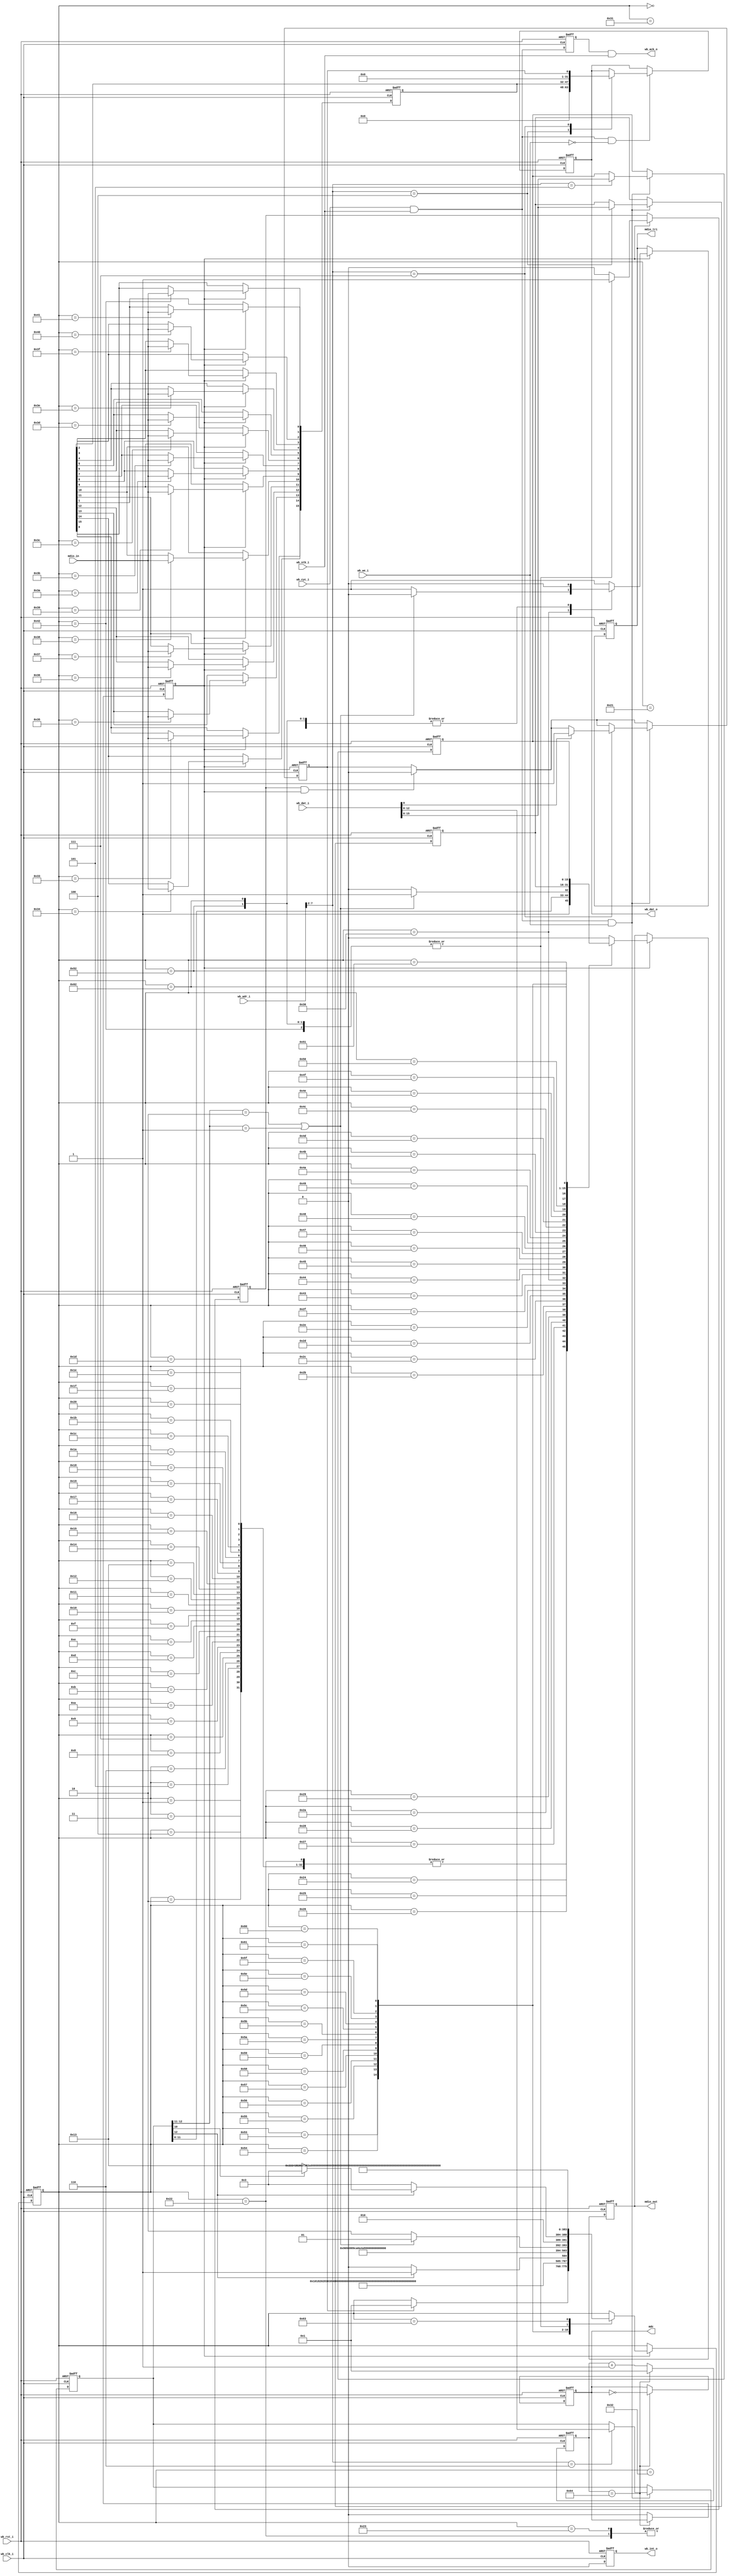
//
// Copyright 2014 Ettus Research, a National Instruments Company
//
// SPDX-License-Identifier: LGPL-3.0-or-later
//
// Define MDIO to add support for clause 22 and clause 45 MDIO interface
`define MDIO
// If WB clock is 62.5MHz and max MDC spec is 2.5MHz, then divide by 25
//`define MDC_HALF_PERIOD 13 // Closest int to 12.5
`define MDC_HALF_PERIOD 100
 
//  Registers
`define CPUREG_MDIO_DATA    8'h10
`define CPUREG_MDIO_ADDR    8'h14
`define CPUREG_MDIO_OP      8'h18
`define CPUREG_MDIO_CONTROL 8'h1c
`define CPUREG_MDIO_STATUS  8'h1c
`define CPUREG_GPIO         8'h20


module mdio
  (
   // Wishbone Bus
   input wb_clk_i, 
   input wb_rst_i, 
   input [7:0] wb_adr_i, 
   input [31:0] wb_dat_i, 
   input wb_we_i, 
   input wb_stb_i, 
   input wb_cyc_i, 
   output reg [31:0] wb_dat_o, 
   output wb_ack_o, 
   output reg wb_int_o,
   // MDIO
   output reg mdc, 
   output reg mdio_out, 
   output reg mdio_tri,
   input mdio_in
   );

  //
  // State Declarations
  //
  parameter  
    IDLE = 0,
      PREAMBLE1 = 1,
      PREAMBLE2 = 2,
      PREAMBLE3 = 3,
      PREAMBLE4 = 4,
      PREAMBLE5 = 5,
      PREAMBLE6 = 6,
      PREAMBLE7 = 7,
      PREAMBLE8 = 8,
      PREAMBLE9 = 9,
      PREAMBLE10 = 10,
      PREAMBLE11 = 11,
      PREAMBLE12 = 12,
      PREAMBLE13 = 13,
      PREAMBLE14 = 14,
      PREAMBLE15 = 15,
      PREAMBLE16 = 16,
      PREAMBLE17 = 17,
      PREAMBLE18 = 18,
      PREAMBLE19 = 19,
      PREAMBLE20 = 20,
      PREAMBLE21 = 21,
      PREAMBLE22 = 22,
      PREAMBLE23 = 23,
      PREAMBLE24 = 24,
      PREAMBLE25 = 25,
      PREAMBLE26 = 26,
      PREAMBLE27 = 27,
      PREAMBLE28 = 28,
      PREAMBLE29 = 29,
      PREAMBLE30 = 30,
      PREAMBLE31 = 31,
      PREAMBLE32 = 32,
      START1 = 33,
      C22_START2 = 34,
      C45_START2 = 35,
      OP1 = 36,
      OP2 = 37,
      PRTAD1 = 38,
      PRTAD2 = 39,
      PRTAD3 = 40,
      PRTAD4 = 41,
      PRTAD5 = 42,
      DEVAD1 = 43,
      DEVAD2 = 44,
      DEVAD3 = 45,
      DEVAD4 = 46,
      DEVAD5 = 47,
      TA1 = 48,
      TA2 = 49,
      TA3 = 50,
      READ1 = 51,
      READ2 = 52,
      READ3 = 53,
      READ4 = 54,
      READ5 = 55,
      READ6 = 56,
      READ7 = 57,
      READ8 = 58,
      READ9 = 59,
      READ10 = 60,
      READ11 = 61,
      READ12 = 62,
      READ13 = 63,
      READ14 = 64,
      READ15 = 65,
      READ16 = 66,
      WRITE1 = 67,
      WRITE2 = 68,
      WRITE3 = 69,
      WRITE4 = 70,
      WRITE5 = 71,
      WRITE6 = 72,
      WRITE7 = 73,
      WRITE8 = 74,
      WRITE9 = 75,
      WRITE10 = 76,
      WRITE11 = 77,
      WRITE12 = 78,
      WRITE13 = 79,
      WRITE14 = 80,
      WRITE15 = 81,
      WRITE16 = 82,
      C45_ADDR1 = 83,
      C45_ADDR2 = 84,
      C45_ADDR3 = 85,
      C45_ADDR4 = 86,
      C45_ADDR5 = 87,
      C45_ADDR6 = 88,
      C45_ADDR7 = 89,
      C45_ADDR8 = 90,
      C45_ADDR9 = 91,
      C45_ADDR10 = 92,
      C45_ADDR11 = 93,
      C45_ADDR12 = 94,
      C45_ADDR13 = 95,
      C45_ADDR14 = 96,
      C45_ADDR15 = 97,
      C45_ADDR16 = 98,
      PREIDLE = 99;
   
   reg 	 cpuack;
   reg [15:0] mdio_read_data;
   reg [15:0] mdio_write_data;
   reg [15:0] mdio_address;
   reg [12:0] mdio_operation;
   reg 	      mdio_control;
   reg [7:0]  mdc_clk_count;
   reg 	      mdc_falling_edge;
   reg 	      mdio_running;
   reg 	      mdio_done;
   reg [7:0]  state;

   
   assign wb_ack_o = cpuack && wb_stb_i;
   
   always @(posedge wb_clk_i or posedge wb_rst_i) begin
      
      if (wb_rst_i == 1'b1) begin
	 wb_dat_o <= 32'b0;
         wb_int_o <= 1'b0;
         cpuack <= 1'b0;

	 mdio_address <= 0;
	 mdio_operation <= 0;
	 mdio_write_data <= 0;
       	 mdio_running <= 0;
      end
      else begin
	 
	 wb_int_o <= 1'b0;
	 cpuack <= wb_cyc_i && wb_stb_i;
	 // Handshake to MDIO state machine to reset running flag in status.
	 // Wait for falling MDC edge to prevent S/W race condition occuring
	 // where done flag still asserted but running flag now cleared (repeatedly).
	 if (mdio_done && mdc_falling_edge)
	   mdio_running <= 0;

	 //
	 // Read access
	 //
	 if (wb_cyc_i && wb_stb_i && !wb_we_i) begin
	    
            case ({wb_adr_i[7:2], 2'b0})
	      
	      `CPUREG_MDIO_DATA: begin
		 wb_dat_o <= {16'b0, mdio_read_data};
	      end
	      
	      `CPUREG_MDIO_STATUS: begin
		 wb_dat_o <= {31'b0, mdio_running};
	      end

              default: begin
              end
	      
            endcase 
         end
	 
         //
         // Write access
	 //
         if (wb_cyc_i && wb_stb_i && wb_we_i) begin
	    $display("reg write @ addr %x",({wb_adr_i[7:2], 2'b0}));
	    
            case ({wb_adr_i[7:2], 2'b0})
	      
	      `CPUREG_MDIO_DATA: begin
		 mdio_write_data <= wb_dat_i[15:0];
	      end

	      `CPUREG_MDIO_ADDR: begin
		 mdio_address <= wb_dat_i[15:0];
	      end
	      
	      `CPUREG_MDIO_OP: begin
		 mdio_operation <= wb_dat_i[12:0];
	      end

	      `CPUREG_MDIO_CONTROL: begin
		 // Trigger mdio operation here. Cleared by state machine at end of bus transaction.
		 if (wb_dat_i[0])
		   mdio_running <= 1;		 
	      end

              default: begin
              end
	      
            endcase
	    
         end
	 
      end
      
   end // always @ (posedge wb_clk_i or posedge wb_rst_i)


   //
   // Produce mdc clock as a signal synchronously from Wishbone clock.
   //
   always @(posedge wb_clk_i or posedge wb_rst_i)
     if (wb_rst_i)
       begin
	  mdc_clk_count <= 1;
	  mdc <= 0;
	  mdc_falling_edge <= 0;	  
       end
     else if (mdc_clk_count == `MDC_HALF_PERIOD)
       begin
	  mdc_clk_count <= 1;
	  mdc <= ~mdc;
	  mdc_falling_edge <= mdc;	  
       end
     else
       begin
	  mdc_clk_count <= mdc_clk_count + 1;
	  mdc_falling_edge <= 0;		   
       end
   
   //
   // MDIO state machine
   //
   always @(posedge wb_clk_i or posedge wb_rst_i)
     if (wb_rst_i)
       begin
	  mdio_tri <= 1;
	  mdio_out <= 0;
	  mdio_done <= 0;
	  mdio_read_data <= 0;
	  state <= IDLE;
       end
     else if (mdc_falling_edge)
       //
       // This is the MDIO bus controller. Use falling edge of MDC.
       //      
       begin
	  // Defaults	  
	  mdio_tri <= 1;
	  mdio_out <= 0;
	  mdio_done <= 0;
	  
	  
	  case(state)
	    // IDLE.
	    // In Clause 22 & 45 the master of the MDIO bus is tristate during idle.
	    // 
	    IDLE: begin
	       mdio_tri <= 1;
	       mdio_out <= 0;
	       if (mdio_running)
		 state <= PREAMBLE1;
	    end
	    // Preamble. All MDIO transactions begin witrh 32bits of 1 bits as a preamble.
	    PREAMBLE1: begin
	       mdio_tri <= 0;
	       mdio_out <= 1;  
	       state <= PREAMBLE2;
	    end
	    PREAMBLE2: begin
	       mdio_tri <= 0;
	       mdio_out <= 1;  
	       state <= PREAMBLE3;
	    end 
	    PREAMBLE3: begin
	       mdio_tri <= 0;
	       mdio_out <= 1;  
	       state <= PREAMBLE4;
	    end 
	    PREAMBLE4: begin
	       mdio_tri <= 0;
	       mdio_out <= 1;  
	       state <= PREAMBLE5;
	    end 
	    PREAMBLE5: begin
	       mdio_tri <= 0;
	       mdio_out <= 1;  
	       state <= PREAMBLE6;
	    end
	    PREAMBLE6: begin
	       mdio_tri <= 0;
	       mdio_out <= 1;  
	       state <= PREAMBLE7;
	    end
	    PREAMBLE7: begin
	       mdio_tri <= 0;
	       mdio_out <= 1;  
	       state <= PREAMBLE8;
	    end
	    PREAMBLE8: begin
	       mdio_tri <= 0;
	       mdio_out <= 1;
	       state <= PREAMBLE9;
	    end
	    PREAMBLE9: begin
	       mdio_tri <= 0;
	       mdio_out <= 1;
	       state <= PREAMBLE10;
	    end
	    PREAMBLE10: begin
	       mdio_tri <= 0;
	       mdio_out <= 1;
	       state <= PREAMBLE11;
	    end
	    PREAMBLE11: begin
	       mdio_tri <= 0;
	       mdio_out <= 1;  
	       state <= PREAMBLE12;
	    end
	    PREAMBLE12: begin
	       mdio_tri <= 0;
	       mdio_out <= 1;  
	       state <= PREAMBLE13;
	    end 
	    PREAMBLE13: begin
	       mdio_tri <= 0;
	       mdio_out <= 1;  
	       state <= PREAMBLE14;
	    end 
	    PREAMBLE14: begin
	       mdio_tri <= 0;
	       mdio_out <= 1;  
	       state <= PREAMBLE15;
	    end 
	    PREAMBLE15: begin
	       mdio_tri <= 0;
	       mdio_out <= 1;  
	       state <= PREAMBLE16;
	    end
	    PREAMBLE16: begin
	       mdio_tri <= 0;
	       mdio_out <= 1;  
	       state <= PREAMBLE17;
	    end
	    PREAMBLE17: begin
	       mdio_tri <= 0;
	       mdio_out <= 1;  
	       state <= PREAMBLE18;
	    end
	    PREAMBLE18: begin
	       mdio_tri <= 0;
	       mdio_out <= 1;
	       state <= PREAMBLE19;
	    end
	    PREAMBLE19: begin
	       mdio_tri <= 0;
	       mdio_out <= 1;
	       state <= PREAMBLE20;
	    end
	    PREAMBLE20: begin
	       mdio_tri <= 0;
	       mdio_out <= 1;
	       state <= PREAMBLE21;
	    end
	    PREAMBLE21: begin
	       mdio_tri <= 0;
	       mdio_out <= 1;  
	       state <= PREAMBLE22;
	    end
	    PREAMBLE22: begin
	       mdio_tri <= 0;
	       mdio_out <= 1;  
	       state <= PREAMBLE23;
	    end 
	    PREAMBLE23: begin
	       mdio_tri <= 0;
	       mdio_out <= 1;  
	       state <= PREAMBLE24;
	    end 
	    PREAMBLE24: begin
	       mdio_tri <= 0;
	       mdio_out <= 1;  
	       state <= PREAMBLE25;
	    end 
	    PREAMBLE25: begin
	       mdio_tri <= 0;
	       mdio_out <= 1;  
	       state <= PREAMBLE26;
	    end
	    PREAMBLE26: begin
	       mdio_tri <= 0;
	       mdio_out <= 1;  
	       state <= PREAMBLE27;
	    end
	    PREAMBLE27: begin
	       mdio_tri <= 0;
	       mdio_out <= 1;  
	       state <= PREAMBLE28;
	    end
	    PREAMBLE28: begin
	       mdio_tri <= 0;
	       mdio_out <= 1;
	       state <= PREAMBLE29;
	    end
	    PREAMBLE29: begin
	       mdio_tri <= 0;
	       mdio_out <= 1;
	       state <= PREAMBLE30;
	    end
	    PREAMBLE30: begin
	       mdio_tri <= 0;
	       mdio_out <= 1;
	       state <= PREAMBLE31;
	    end
	    PREAMBLE31: begin
	       mdio_tri <= 0;
	       mdio_out <= 1;
	       state <= PREAMBLE32;
	    end
	    PREAMBLE32: begin
	       mdio_tri <= 0;
	       mdio_out <= 1;
	       state <= START1;
	    end
	    //
	    // Start code for Clause 22 is 01 and Clause 45 is 00
	    //
	    START1: begin
	       mdio_tri <= 0;
	       mdio_out <= 0;
	       if (mdio_operation[12])
		 // Clause 45 bit set.
		 state <= C45_START2;
	       else
		 state <= C22_START2;	       
	    end
	    //
	    // 2nd Clause 22 start bit is a 1
	    //
	    C22_START2: begin
	       mdio_tri <= 0;
	       mdio_out <= 1;
	       state <= OP1;
	    end
	    //
	    // 2nd Clause 45 start bit is a 0
	    //
	    C45_START2: begin
	       mdio_tri <= 0;
	       mdio_out <= 0;
	       state <= OP1;
	    end
	    //
	    // Both Clause 22 & 45 use 2 bits for operation and are compatable.
	    // Note we don't screen here for illegal Clause 22 ops.
	    //
	    OP1: begin
	       mdio_tri <= 0;
	       mdio_out <= mdio_operation[11];
	       state <= OP2;
	    end
	    OP2: begin
	       mdio_tri <= 0;
	       mdio_out <= mdio_operation[10];
	       state <= PRTAD1;
	    end
	    //
	    // Both Clause 22 & 45 use 2 sucsessive 5 bit fields to form a hierarchical address
	    // though it's used slightly different between the 2 standards.
	    //
	    PRTAD1: begin
	       mdio_tri <= 0;
	       mdio_out <= mdio_operation[9];
	       state <= PRTAD2;	       
	    end
	    PRTAD2: begin
	       mdio_tri <= 0;
	       mdio_out <= mdio_operation[8];
	       state <= PRTAD3;	       
	    end
	    PRTAD3: begin
	       mdio_tri <= 0;
	       mdio_out <= mdio_operation[7];
	       state <= PRTAD4;	       
	    end
	    PRTAD4: begin
	       mdio_tri <= 0;
	       mdio_out <= mdio_operation[6];
	       state <= PRTAD5;	       
	    end
	    PRTAD5: begin
	       mdio_tri <= 0;
	       mdio_out <= mdio_operation[5];
	       state <= DEVAD1;	       
	    end
	    DEVAD1: begin
	       mdio_tri <= 0;
	       mdio_out <= mdio_operation[4];
	       state <= DEVAD2;	       
	    end
	    DEVAD2: begin
	       mdio_tri <= 0;
	       mdio_out <= mdio_operation[3];
	       state <= DEVAD3;	       
	    end
	    DEVAD3: begin
	       mdio_tri <= 0;
	       mdio_out <= mdio_operation[2];
	       state <= DEVAD4;	       
	    end
	    DEVAD4: begin
	       mdio_tri <= 0;
	       mdio_out <= mdio_operation[1];
	       state <= DEVAD5;	       
	    end
	    DEVAD5: begin
	       mdio_tri <= 0;
	       mdio_out <= mdio_operation[0];
	       state <= TA1;	       
	    end
	    //
	    // Both Clause 22 & Clause 45 use the same turn around on the bus.
	    // Reads have Z as the first bit and 0 driven by the slave for the 2nd bit.
	    // Note that slaves drive the bus on the rising edge of MDC.
	    // Writes and Address cycles have 10 driven by the master.
	    //
	    TA1: begin
	    	// Clause22 write or clause45 write or address go to state TA2
	       if ((mdio_operation[12:11] == 2'b10) || (mdio_operation[12:11] == 2'b01))
		 begin
		    mdio_tri <= 0;
		    mdio_out <= 1;
		    state <= TA2;
		 end
	       else // Read
		 begin
		    mdio_tri <= 1;
		    state <= TA3;
		 end
	    end
	    TA2: begin
	       mdio_tri <= 0;
	       mdio_out <= 0;
	       if (!mdio_operation[12]) // Clause 22 Write
		 state <= WRITE1;
	       else if (mdio_operation[10]) // Clause 45 Write
		 state <= WRITE1;
	       else // Clause 45 ADDRESS
		 state <= C45_ADDR1;
	    end
	    TA3: begin
	       mdio_tri <= 1;
	       state <= READ1;
	    end
	    //
	    // Clause 22 Reads and both forms of clause 45 Reads have the same bus transaction from here out.
	    //
	    READ1: begin
	       mdio_tri <= 1;	
	       mdio_read_data[15] <= mdio_in;
	       state <= READ2;	    
	    end
	    READ2: begin
	       mdio_tri <= 1;	
	       mdio_read_data[14] <= mdio_in;
	       state <= READ3;	    
	    end
	    READ3: begin
	       mdio_tri <= 1;	
	       mdio_read_data[13] <= mdio_in;
	       state <= READ4;	    
	    end
	    READ4: begin
	       mdio_tri <= 1;	
	       mdio_read_data[12] <= mdio_in;
	       state <= READ5;	    
	    end
	    READ5: begin
	       mdio_tri <= 1;	
	       mdio_read_data[11] <= mdio_in;
	       state <= READ6;	    
	    end
	    READ6: begin
	       mdio_tri <= 1;	
	       mdio_read_data[10] <= mdio_in;
	       state <= READ7;	    
	    end
	    READ7: begin
	       mdio_tri <= 1;	
	       mdio_read_data[9] <= mdio_in;
	       state <= READ8;	    
	    end
	    READ8: begin
	       mdio_tri <= 1;	
	       mdio_read_data[8] <= mdio_in;
	       state <= READ9;	    
	    end
	    READ9: begin
	       mdio_tri <= 1;	
	       mdio_read_data[7] <= mdio_in;
	       state <= READ10;	    
	    end
	    READ10: begin
	       mdio_tri <= 1;	
	       mdio_read_data[6] <= mdio_in;
	       state <= READ11;	    
	    end
	    READ11: begin
	       mdio_tri <= 1;	
	       mdio_read_data[5] <= mdio_in;
	       state <= READ12;	    
	    end
	    READ12: begin
	       mdio_tri <= 1;	
	       mdio_read_data[4] <= mdio_in;
	       state <= READ13;	    
	    end
	    READ13: begin
	       mdio_tri <= 1;	
	       mdio_read_data[3] <= mdio_in;
	       state <= READ14;	    
	    end
	    READ14: begin
	       mdio_tri <= 1;	
	       mdio_read_data[2] <= mdio_in;
	       state <= READ15;	    
	    end
	    READ15: begin
	       mdio_tri <= 1;	
	       mdio_read_data[1] <= mdio_in;
	       state <= READ16;	    
	    end
	    READ16: begin
	       mdio_tri <= 1;	
	       mdio_read_data[0] <= mdio_in;
	       state <= PREIDLE;	 
	       mdio_done <= 1;	          
	    end	    
	    //
	    // Write 16bits of data for all types of Write.
	    //
	    WRITE1:begin
	       mdio_tri <= 0;
	       mdio_out <= mdio_write_data[15];
	       state <= WRITE2;
	    end
	    WRITE2:begin
	       mdio_tri <= 0;
	       mdio_out <= mdio_write_data[14];
	       state <= WRITE3;
	    end
	    WRITE3:begin
	       mdio_tri <= 0;
	       mdio_out <= mdio_write_data[13];
	       state <= WRITE4;
	    end
	    WRITE4:begin
	       mdio_tri <= 0;
	       mdio_out <= mdio_write_data[12];
	       state <= WRITE5;
	    end
	    WRITE5:begin
	       mdio_tri <= 0;
	       mdio_out <= mdio_write_data[11];
	       state <= WRITE6;
	    end
	    WRITE6:begin
	       mdio_tri <= 0;
	       mdio_out <= mdio_write_data[10];
	       state <= WRITE7;
	    end
	    WRITE7:begin
	       mdio_tri <= 0;
	       mdio_out <= mdio_write_data[9];
	       state <= WRITE8;
	    end
	    WRITE8:begin
	       mdio_tri <= 0;
	       mdio_out <= mdio_write_data[8];
	       state <= WRITE9;
	    end
	    WRITE9:begin
	       mdio_tri <= 0;
	       mdio_out <= mdio_write_data[7];
	       state <= WRITE10;
	    end
	    WRITE10:begin
	       mdio_tri <= 0;
	       mdio_out <= mdio_write_data[6];
	       state <= WRITE11;
	    end
	    WRITE11:begin
	       mdio_tri <= 0;
	       mdio_out <= mdio_write_data[5];
	       state <= WRITE12;
	    end
	    WRITE12:begin
	       mdio_tri <= 0;
	       mdio_out <= mdio_write_data[4];
	       state <= WRITE13;
	    end
	    WRITE13:begin
	       mdio_tri <= 0;
	       mdio_out <= mdio_write_data[3];
	       state <= WRITE14;
	    end
	    WRITE14:begin
	       mdio_tri <= 0;
	       mdio_out <= mdio_write_data[2];
	       state <= WRITE15;
	    end
	    WRITE15:begin
	       mdio_tri <= 0;
	       mdio_out <= mdio_write_data[1];
	       state <= WRITE16;
	    end
	    WRITE16:begin
	       mdio_tri <= 0;
	       mdio_out <= mdio_write_data[0];
	       state <= PREIDLE;
	       mdio_done <= 1;	       
	    end
	    //
	    // Write 16bits of address for a Clause 45 Address transaction
	    //
	    C45_ADDR1:begin
	       mdio_tri <= 0;
	       mdio_out <= mdio_address[15];
	       state <= C45_ADDR2;
	    end
	    C45_ADDR2:begin
	       mdio_tri <= 0;
	       mdio_out <= mdio_address[14];
	       state <= C45_ADDR3;
	    end
	    C45_ADDR3:begin
	       mdio_tri <= 0;
	       mdio_out <= mdio_address[13];
	       state <= C45_ADDR4;
	    end
	    C45_ADDR4:begin
	       mdio_tri <= 0;
	       mdio_out <= mdio_address[12];
	       state <= C45_ADDR5;
	    end
	    C45_ADDR5:begin
	       mdio_tri <= 0;
	       mdio_out <= mdio_address[11];
	       state <= C45_ADDR6;
	    end
	    C45_ADDR6:begin
	       mdio_tri <= 0;
	       mdio_out <= mdio_address[10];
	       state <= C45_ADDR7;
	    end
	    C45_ADDR7:begin
	       mdio_tri <= 0;
	       mdio_out <= mdio_address[9];
	       state <= C45_ADDR8;
	    end
	    C45_ADDR8:begin
	       mdio_tri <= 0;
	       mdio_out <= mdio_address[8];
	       state <= C45_ADDR9;
	    end
	    C45_ADDR9:begin
	       mdio_tri <= 0;
	       mdio_out <= mdio_address[7];
	       state <= C45_ADDR10;
	    end
	    C45_ADDR10:begin
	       mdio_tri <= 0;
	       mdio_out <= mdio_address[6];
	       state <= C45_ADDR11;
	    end
	    C45_ADDR11:begin
	       mdio_tri <= 0;
	       mdio_out <= mdio_address[5];
	       state <= C45_ADDR12;
	    end
	    C45_ADDR12:begin
	       mdio_tri <= 0;
	       mdio_out <= mdio_address[4];
	       state <= C45_ADDR13;
	    end
	    C45_ADDR13:begin
	       mdio_tri <= 0;
	       mdio_out <= mdio_address[3];
	       state <= C45_ADDR14;
	    end
	    C45_ADDR14:begin
	       mdio_tri <= 0;
	       mdio_out <= mdio_address[2];
	       state <= C45_ADDR15;
	    end
	    C45_ADDR15:begin
	       mdio_tri <= 0;
	       mdio_out <= mdio_address[1];
	       state <= C45_ADDR16;
	    end
	    C45_ADDR16:begin
	       mdio_tri <= 0;
	       mdio_out <= mdio_address[0];
	       state <= PREIDLE;
	       mdio_done <= 1;	       
	    end
	    //
	    // PREIDLE allows the mdio_running bit to reset.
	    //
	    PREIDLE: begin
	       state <= IDLE;
	    end
	  endcase // case(state)
	  
       end // if (mdc_falling_edge)

   
endmodule